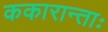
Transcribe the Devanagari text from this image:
ककारान्ताः